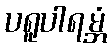
ပရူပါရမ္ဘံ